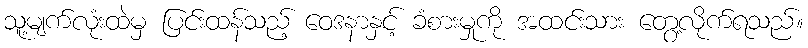
သူ့မျက်လုံးထဲမှ ပြင်းထန်သည့် ဝေဒနာနှင့် ခံစားမှုကို အထင်းသား တွေ့လိုက်ရသည်။